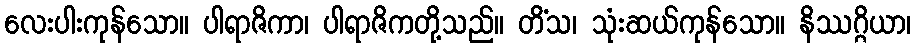
လေးပါးကုန်သော။ ပါရာဇိကာ၊ ပါရာဇိကတို့သည်။ တိံသ၊ သုံးဆယ်ကုန်သော။ နိဿဂ္ဂိယာ၊